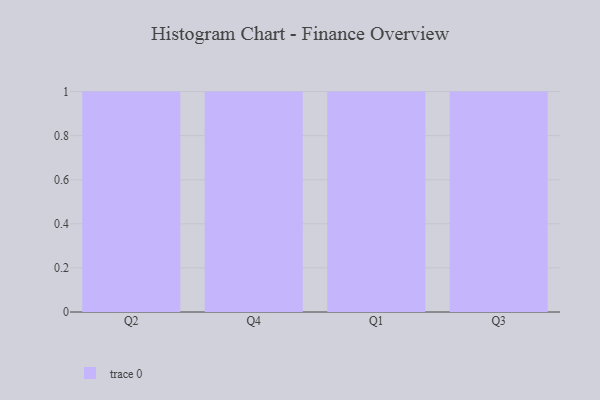
{"axis": {"x": "Quarter", "y": "Shipments"}, "legend": [""], "data": [{"x": "Q2", "y": 5, "type": ""}, {"x": "Q4", "y": 19, "type": ""}, {"x": "Q1", "y": 5, "type": ""}, {"x": "Q3", "y": 99, "type": ""}]}